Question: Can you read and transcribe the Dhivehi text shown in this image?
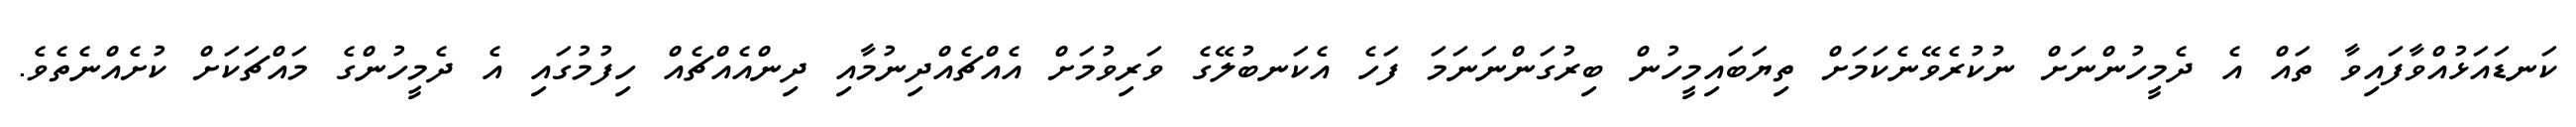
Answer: ކަނޑައަޅުއްވާފައިވާ ތައް އެ ދެމީހުންނަށް ނުކުރެވޭނެކަމަށް ތިޔަބައިމީހުން ބިރުގަންނަނަމަ ފަހެ އެކަނބުލޭގެ ވަރިވުމަށް އެއްޗެއްދިނުމާއި ދިންއެއްޗެއް ހިފުމުގައި އެ ދެމީހުންގެ މައްޗަކަށް ކުށެއްނެތެވެ.